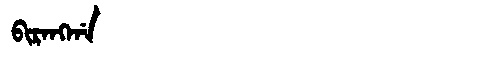
Manchu: ᠪᡳᡵᠠᠩᡤᠠ
Romanization: BIRANGGA